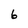
Character: 6